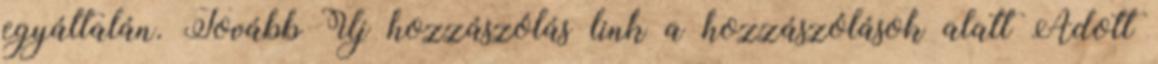
egyáltalán. Tovább Új hozzászólás link a hozzászólások alatt Adott